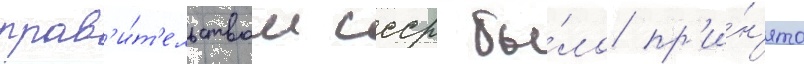
прав'и́т'ельством ссср бы́ло пр'и́н'ято